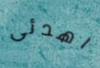
اهدئى